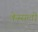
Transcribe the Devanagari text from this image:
केम्सली